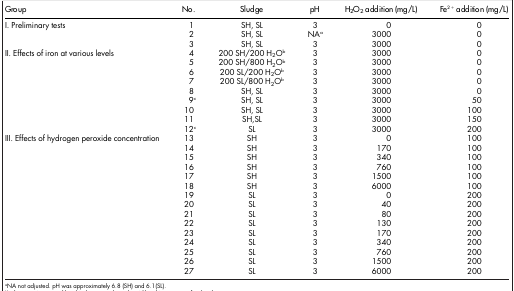
<table><thead><tr><td><b>Group</b></td><td><b>No.</b></td><td><b>Sludge</b></td><td><b>pH</b></td><td><b>H<sub>2</sub>O<sub>2</sub> addition (mg/L)</b></td><td><b>Fe<sup>2+</sup> addition (mg/L)</b></td></tr></thead><tbody><tr><td>I. Preliminary tests</td><td>1</td><td>SH, SL</td><td>3</td><td>0</td><td>0</td></tr><tr><td> </td><td>2</td><td>SH, SL</td><td>NAa</td><td>3000</td><td>0</td></tr><tr><td> </td><td>3</td><td>SH, SL</td><td>3</td><td>3000</td><td>0</td></tr><tr><td>II. Effects of iron at various levels</td><td>4</td><td>200 SH/200 H<sub>2</sub>Ob</td><td>3</td><td>3000</td><td>0</td></tr><tr><td> </td><td>5</td><td>200 SH/800 H<sub>2</sub>Ob</td><td>3</td><td>3000</td><td>0</td></tr><tr><td> </td><td>6</td><td>200 SL/200 H<sub>2</sub>Ob</td><td>3</td><td>3000</td><td>0</td></tr><tr><td> </td><td>7</td><td>200 SL/800 H<sub>2</sub>Ob</td><td>3</td><td>3000</td><td>0</td></tr><tr><td> </td><td>8</td><td>SH, SL</td><td>3</td><td>3000</td><td>0</td></tr><tr><td> </td><td>9c</td><td>SH, SL</td><td>3</td><td>3000</td><td>50</td></tr><tr><td> </td><td>10</td><td>SH, SL</td><td>3</td><td>3000</td><td>100</td></tr><tr><td> </td><td>11</td><td>SH,SL</td><td>3</td><td>3000</td><td>150</td></tr><tr><td> </td><td>12c</td><td>SL</td><td>3</td><td>3000</td><td>200</td></tr><tr><td>III. Effects of hydrogen peroxide concentration</td><td>13</td><td>SH</td><td>3</td><td>0</td><td>100</td></tr><tr><td> </td><td>14</td><td>SH</td><td>3</td><td>170</td><td>100</td></tr><tr><td> </td><td>15</td><td>SH</td><td>3</td><td>340</td><td>100</td></tr><tr><td> </td><td>16</td><td>SH</td><td>3</td><td>760</td><td>100</td></tr><tr><td> </td><td>17</td><td>SH</td><td>3</td><td>1500</td><td>100</td></tr><tr><td> </td><td>18</td><td>SH</td><td>3</td><td>6000</td><td>100</td></tr><tr><td> </td><td>19</td><td>SL</td><td>3</td><td>0</td><td>200</td></tr><tr><td> </td><td>20</td><td>SL</td><td>3</td><td>40</td><td>200</td></tr><tr><td> </td><td>21</td><td>SL</td><td>3</td><td>80</td><td>200</td></tr><tr><td> </td><td>22</td><td>SL</td><td>3</td><td>130</td><td>200</td></tr><tr><td> </td><td>23</td><td>SL</td><td>3</td><td>170</td><td>200</td></tr><tr><td> </td><td>24</td><td>SL</td><td>3</td><td>340</td><td>200</td></tr><tr><td> </td><td>25</td><td>SL</td><td>3</td><td>760</td><td>200</td></tr><tr><td> </td><td>26</td><td>SL</td><td>3</td><td>1500</td><td>200</td></tr><tr><td> </td><td>27</td><td>SL</td><td>3</td><td>6000</td><td>200</td></tr></tbody></table>